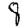
Digit: 8